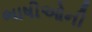
ભાષીઓની